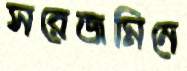
সরেজমিনে